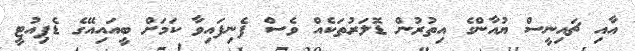
އާއި ޗައިނީސް ޔުއާންގެ އިތުރުން ޑޮލަރުތަކެއް ވެސް ފެނިފައިވާ ކަމަށް ބީއައިއޭގެ ޑެޕިއުޓީ